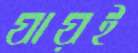
যায়ই